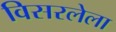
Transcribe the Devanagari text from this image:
विसरलेला